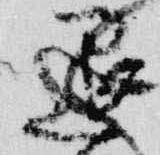
退